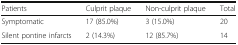
| Patients | Culprit plaque | Non-culprit plaque | Total |
 | --- | --- | --- | --- |
 | Symptomatic | 17 (85.0%) | 3 (15.0%) | 20 |
 | Silent pontine infarcts | 2 (14.3%) | 12 (85.7%) | 14 |